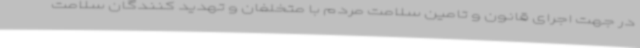
در جهت اجرای قانون و تامین سلامت مردم با متخلفان و تهدید کنندگان سلامت